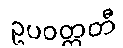
ဥပဝတ္တတီ